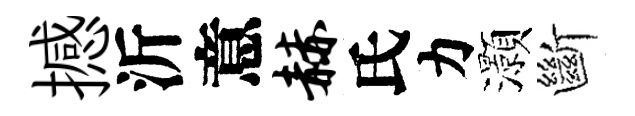
撼沂意赫氏力灝斷